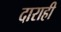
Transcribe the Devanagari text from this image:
दाराही